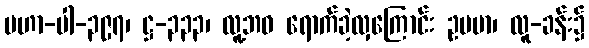
မဟာ-ပါ-၃၉၇၊ ဋ္ဌ-၃၃၃၊ လူ့ဘဝ ရောက်ခဲ့လှကြောင်း ဥပမာ၊ လူ-ခန်း၌